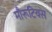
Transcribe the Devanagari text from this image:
मौरूटियस